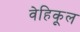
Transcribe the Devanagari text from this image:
वेहिकूल